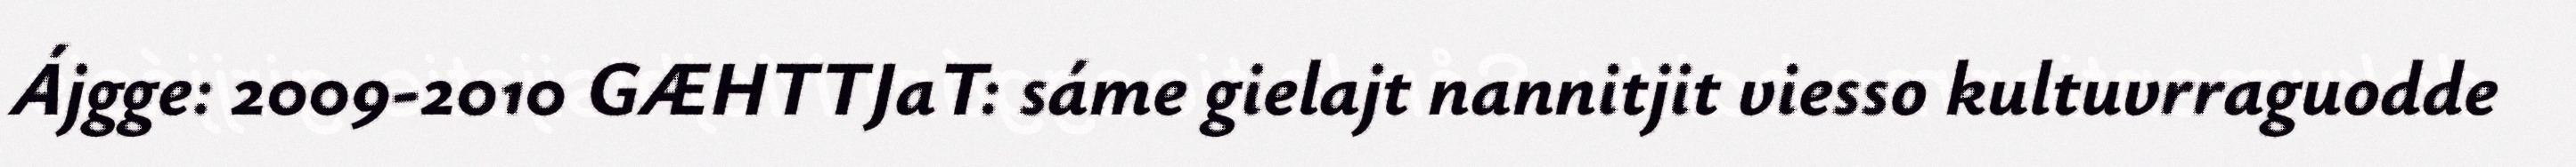
Ájgge: 2009-2010 GÆHTTJaT: sáme gielajt nannitjit viesso kultuvrraguodde